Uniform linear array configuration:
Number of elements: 4
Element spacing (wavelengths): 0.75
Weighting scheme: hamming
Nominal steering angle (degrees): -60
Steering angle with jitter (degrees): -60.158
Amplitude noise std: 0.05
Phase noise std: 0.05

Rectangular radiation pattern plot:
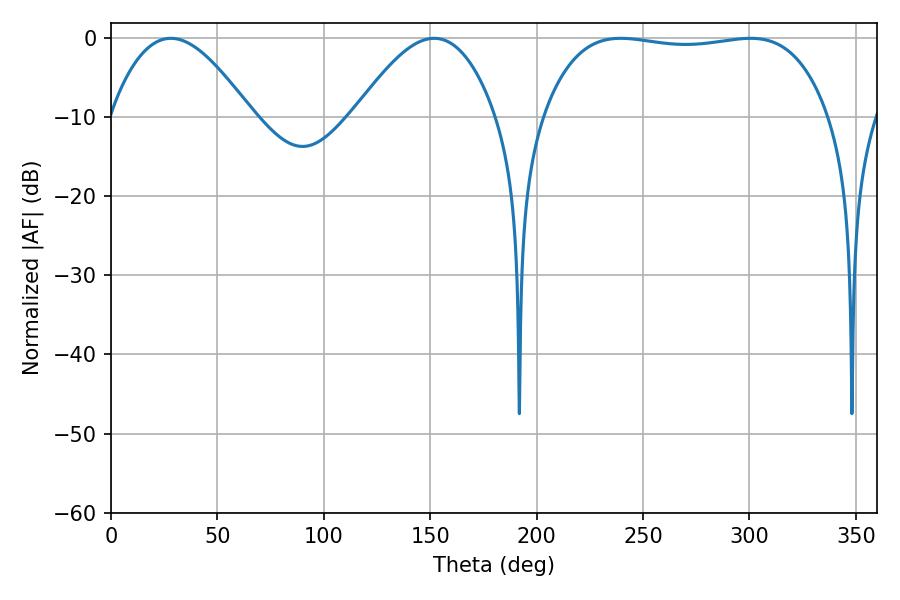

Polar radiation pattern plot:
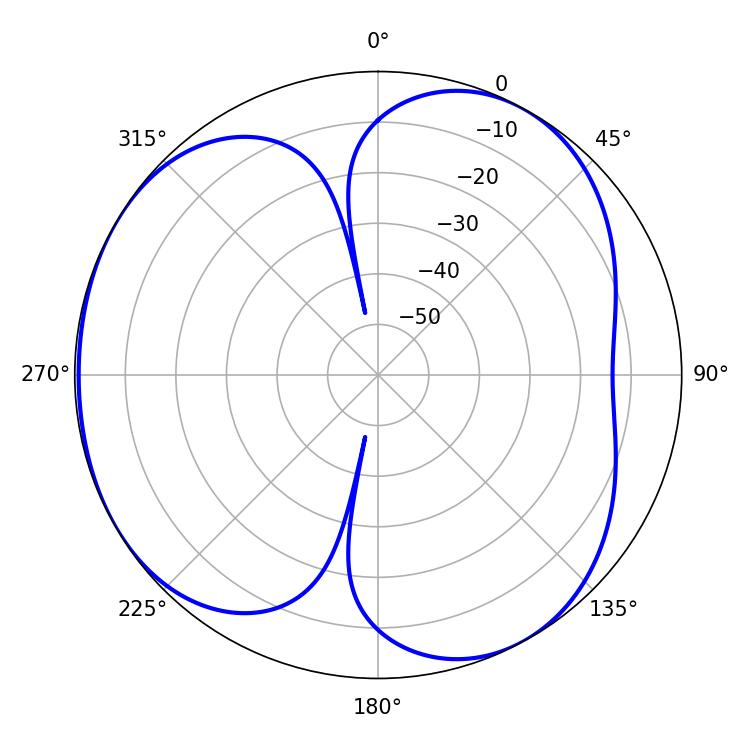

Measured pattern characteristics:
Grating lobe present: TRUE
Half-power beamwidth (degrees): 106.92
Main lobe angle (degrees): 239.58